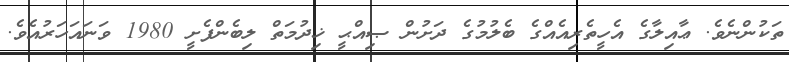
ތަކުންނެވެ. ޢާއިލާގެ އެހީތެރިއެއްގެ ބެލުމުގެ ދަށުން ޞިއްޙީ ޚިދުމަތް ލިބެންފެށީ 1980 ވަނައަހަރުއެވެ.